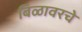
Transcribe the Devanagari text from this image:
बिळावरचे